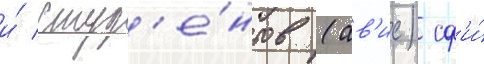
и́ студ'е́нтов (ав'ис) сф'и́